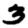
Digit: 3